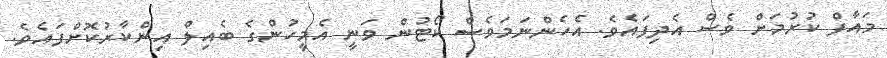
މައާފް ކުރުމަށް ވެސް އެދިފައެވެ. އެހެންނަމަވެސް ކޯޓުން ވަނީ އެމީހުންގެ ބެއިލް އިންކާރުކޮށްފައެވެ.